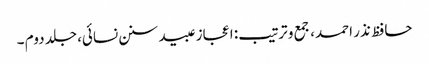
حافظ نذر احمد، جمع و ترتیب: اعجاز عبید سنن نسائی، جلد دوم ۔